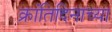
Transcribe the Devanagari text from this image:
क्रांतिदिनाच्या